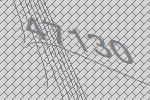
47130